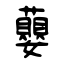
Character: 蘡